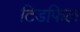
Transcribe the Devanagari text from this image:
टिडफिल